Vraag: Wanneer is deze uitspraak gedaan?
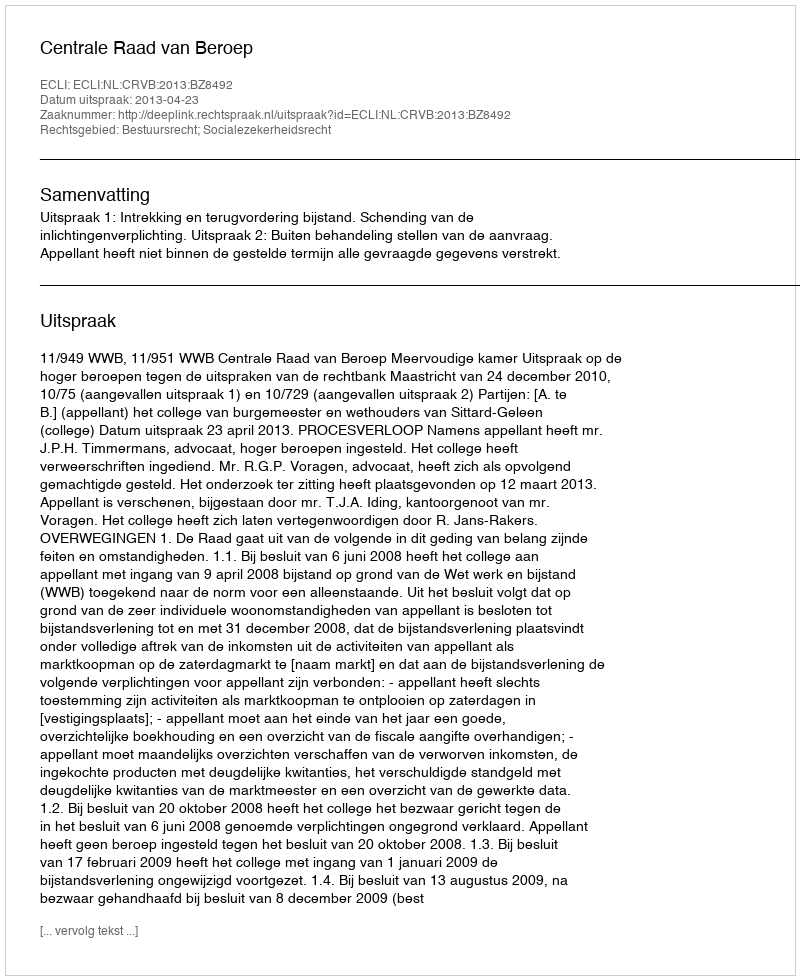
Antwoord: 2013-04-23